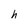
Character: h